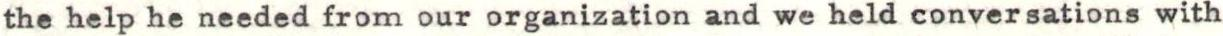
the help he needed from our organization and we held conversations with